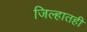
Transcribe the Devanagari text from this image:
जिल्हातही